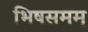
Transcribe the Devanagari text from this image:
भिषसमम्